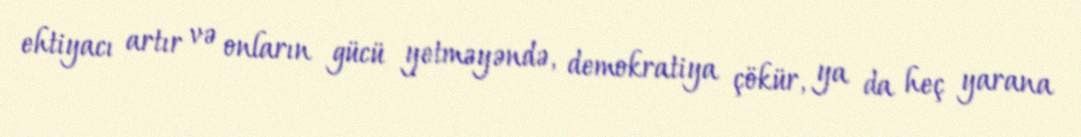
ehtiyacı artır və onların gücü yetməyəndə, demokratiya çökür, ya da heç yarana